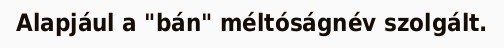
Alapjául a "bán" méltóságnév szolgált.